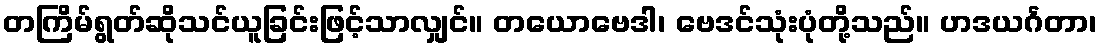
တကြိမ်ရွတ်ဆိုသင်ယူခြင်းဖြင့်သာလျှင်။ တယောဗေဒါ၊ ဗေဒင်သုံးပုံတို့သည်။ ဟဒယင်္ဂတာ၊